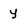
Character: y